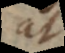
at